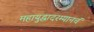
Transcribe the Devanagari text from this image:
महायुद्धादरम्यानचं